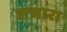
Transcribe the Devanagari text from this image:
अचारा